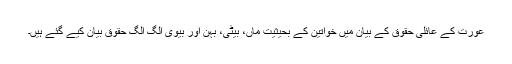
عورت کے عائلی حقوق کے بیان میں خواتین کے بحیثیت ماں، بیٹی، بہن اور بیوی الگ الگ حقوق بیان کیے گئے ہیں۔